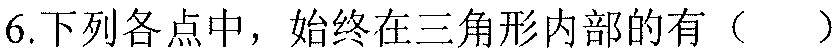
6.下列各点中，始终在三角形内部的有（  ）